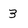
Character: 3